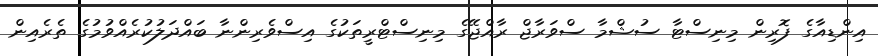
އިންޑިއާގެ ފޮރިން މިނިސްޓާ ސުޝްމާ ސްވަރާޖް ރާއްޖޭގެ މިނިސްޓްރީތަކުގެ އިސްވެރިންނާ ބައްދަލުކުރެއްވުމުގެ ތެރެއިން